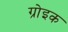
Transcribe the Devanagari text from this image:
ग्रोइक